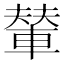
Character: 輦